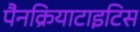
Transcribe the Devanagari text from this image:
पैनक्रियाटाइटिस